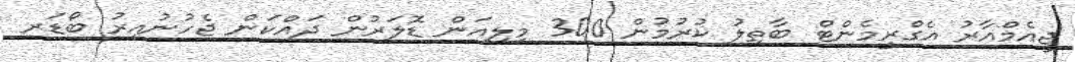
ޖީއެމްއާރު އެގްރީމެންޓް ބާތިލު ކުރުމުން 300 މިލިއަން ޑޮލަރުން ދައްކަން ޖެހުނުއިރު ބޯޑަރ